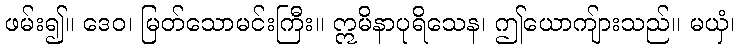
ဖမ်း၍။ ဒေဝ၊ မြတ်သောမင်းကြီး။ ဣမိနာပုရိသေန၊ ဤယောကျ်ားသည်။ မယှံ၊